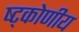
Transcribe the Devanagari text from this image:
ष्ट्कोणीय